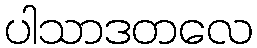
ပါသာဒတလေ